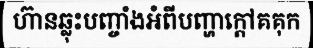
ហ៊ានឆ្លុះបញ្ចាំងអំពីបញ្ហាក្តៅគគុក